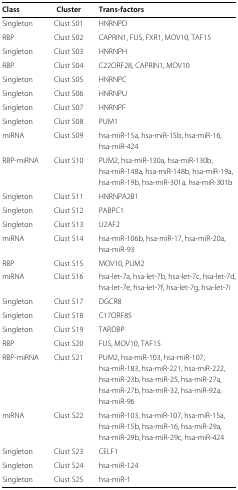
<table><thead><tr><td><b>Class</b></td><td><b>Cluster</b></td><td><b>Trans-factors</b></td></tr></thead><tbody><tr><td>Singleton</td><td>Clust S01</td><td>HNRNPD</td></tr><tr><td>RBP</td><td>Clust S02</td><td>CAPRIN1, FUS, FXR1, MOV10, TAF15</td></tr><tr><td>Singleton</td><td>Clust S03</td><td>HNRNPH</td></tr><tr><td>RBP</td><td>Clust S04</td><td>C22ORF28, CAPRIN1, MOV10</td></tr><tr><td>Singleton</td><td>Clust S05</td><td>HNRNPC</td></tr><tr><td>Singleton</td><td>Clust S06</td><td>HNRNPU</td></tr><tr><td>Singleton</td><td>Clust S07</td><td>HNRNPF</td></tr><tr><td>Singleton</td><td>Clust S08</td><td>PUM1</td></tr><tr><td>miRNA</td><td>Clust S09</td><td>hsa-miR-15a, hsa-miR-15b, hsa-miR-16,</td></tr><tr><td> </td><td> </td><td>hsa-miR-424</td></tr><tr><td>RBP-miRNA</td><td>Clust S10</td><td>PUM2, hsa-miR-130a, hsa-miR-130b,</td></tr><tr><td> </td><td> </td><td>hsa-miR-148a, hsa-miR-148b, hsa-miR-19a,</td></tr><tr><td> </td><td> </td><td>hsa-miR-19b, hsa-miR-301a, hsa-miR-301b</td></tr><tr><td>Singleton</td><td>Clust S11</td><td>HNRNPA2B1</td></tr><tr><td>Singleton</td><td>Clust S12</td><td>PABPC1</td></tr><tr><td>Singleton</td><td>Clust S13</td><td>U2AF2</td></tr><tr><td>miRNA</td><td>Clust S14</td><td>hsa-miR-106b, hsa-miR-17, hsa-miR-20a,</td></tr><tr><td> </td><td> </td><td>hsa-miR-93</td></tr><tr><td>RBP</td><td>Clust S15</td><td>MOV10, PUM2</td></tr><tr><td>miRNA</td><td>Clust S16</td><td>hsa-let-7a, hsa-let-7b, hsa-let-7c, hsa-let-7d,</td></tr><tr><td> </td><td> </td><td>hsa-let-7e, hsa-let-7f, hsa-let-7g, hsa-let-7i</td></tr><tr><td>Singleton</td><td>Clust S17</td><td>DGCR8</td></tr><tr><td>Singleton</td><td>Clust S18</td><td>C17ORF85</td></tr><tr><td>Singleton</td><td>Clust S19</td><td>TARDBP</td></tr><tr><td>RBP</td><td>Clust S20</td><td>FUS, MOV10, TAF15</td></tr><tr><td>RBP-miRNA</td><td>Clust S21</td><td>PUM2, hsa-miR-103, hsa-miR-107,</td></tr><tr><td> </td><td> </td><td>hsa-miR-183, hsa-miR-221, hsa-miR-222,</td></tr><tr><td> </td><td> </td><td>hsa-miR-23b, hsa-miR-25, hsa-miR-27a,</td></tr><tr><td> </td><td> </td><td>hsa-miR-27b, hsa-miR-32, hsa-miR-92a,</td></tr><tr><td> </td><td> </td><td>hsa-miR-96</td></tr><tr><td>miRNA</td><td>Clust S22</td><td>hsa-miR-103, hsa-miR-107, hsa-miR-15a,</td></tr><tr><td> </td><td> </td><td>hsa-miR-15b, hsa-miR-16, hsa-miR-29a,</td></tr><tr><td> </td><td> </td><td>hsa-miR-29b, hsa-miR-29c, hsa-miR-424</td></tr><tr><td>Singleton</td><td>Clust S23</td><td>CELF1</td></tr><tr><td>Singleton</td><td>Clust S24</td><td>hsa-miR-124</td></tr><tr><td>Singleton</td><td>Clust S25</td><td>hsa-miR-1</td></tr></tbody></table>